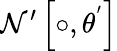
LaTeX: \mathcal{N}^{\prime}\left[\circ,\theta^{'}\right]